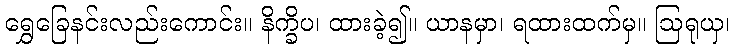
ရွှေခြေနင်းလည်းကောင်း။ နိက္ခိပ၊ ထားခဲ့၍။ ယာနမှာ၊ ရထားထက်မှ။ ဩရုယှ၊